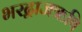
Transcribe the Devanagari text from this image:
भरद्वाजऋषि